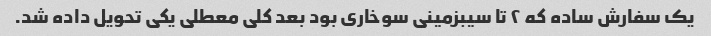
یک سفارش ساده که ۲ تا سیبزمینی سوخاری بود بعد کلی معطلی یکی تحویل داده شد.